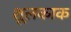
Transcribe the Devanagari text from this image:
शूलकाक